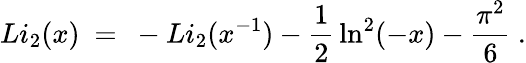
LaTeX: Li_{2}(x)\ =\ -Li_{2}(x^{-1})-{\frac{1}{2}}\ln^{2}(-x)-{\frac{\pi^{2}}{6}}\ .